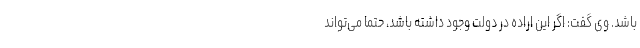
باشد. وی گفت: اگر این اراده در دولت وجود داشته باشد، حتماً می‌تواند